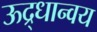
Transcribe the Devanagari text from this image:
ऊद्र्धान्वय